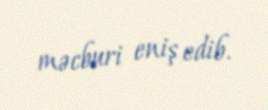
məcburi eniş edib.